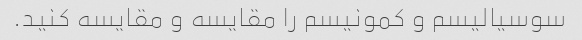
سوسیالیسم و کمونیسم را مقایسه و مقایسه کنید.